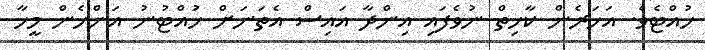
ހުއްޓެވެ. އަހަރެން ކާހިތް ނުވެފައި އިންދާ އައިސް އެތަނަށް ހުައްޓުނު އަންހެން މީހާ